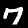
Label: 7